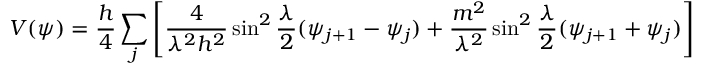
V ( \psi ) = \frac { h } { 4 } \sum _ { j } \left[ \frac { 4 } { \lambda ^ { 2 } h ^ { 2 } } \sin ^ { 2 } \frac { \lambda } { 2 } ( \psi _ { j + 1 } - \psi _ { j } ) + \frac { m ^ { 2 } } { \lambda ^ { 2 } } \sin ^ { 2 } \frac { \lambda } { 2 } ( \psi _ { j + 1 } + \psi _ { j } ) \right]